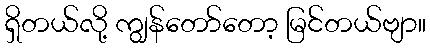
ရှိတယ်လို့ ကျွန်တော်တော့ မြင်တယ်ဗျာ။